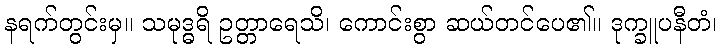
နရက်တွင်းမှ။ သမုဒ္ဓရိ ဥတ္တာရေသိ၊ ကောင်းစွာ ဆယ်တင်ပေ၏။ ဒုက္ခူပနီတံ၊